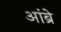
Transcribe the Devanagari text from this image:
आंब्रे